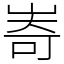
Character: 㟢